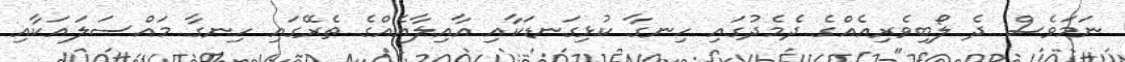
ނަމަވެސް ދެ ލޯބިވެރިއެއްގެ ދެމެދުގައި ހިނގާ ކުޅިގަނޑަކާއި އާއިލާއެއްގެ ތެރޭގައި ހިނގާ މައްސަލައަކާއި